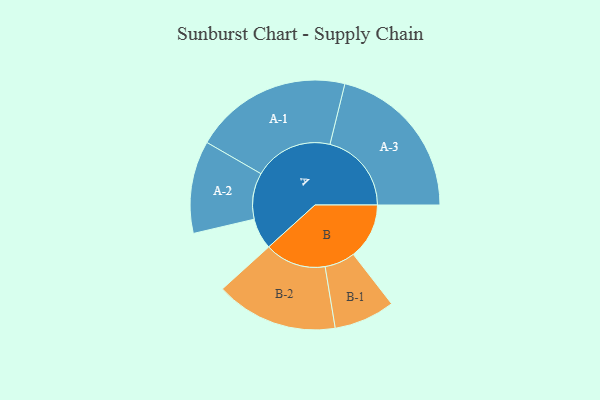
{"axis": {"x": "Segment", "y": "Value"}, "legend": ["", "A", "B"], "data": [{"x": "A", "y": 110, "type": ""}, {"x": "B", "y": 198, "type": ""}, {"x": "A-1", "y": 280, "type": "A"}, {"x": "A-2", "y": 164, "type": "A"}, {"x": "A-3", "y": 289, "type": "A"}, {"x": "B-1", "y": 108, "type": "B"}, {"x": "B-2", "y": 217, "type": "B"}]}